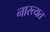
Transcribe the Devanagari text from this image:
नास्त्यत